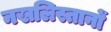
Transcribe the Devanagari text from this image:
नखलिस्तानों